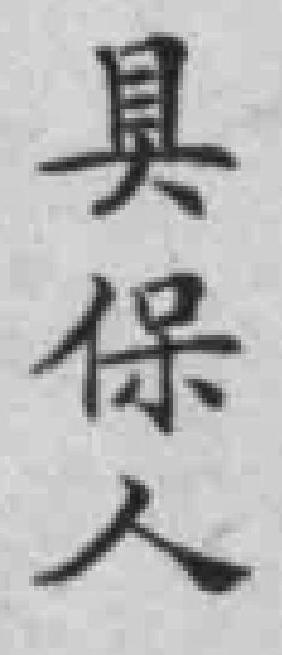
具保人